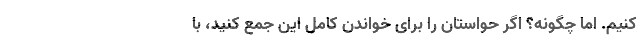
کنیم. اما چگونه؟ اگر حواستان را برای خواندن کامل این جمع کنید، با